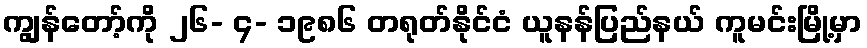
ကျွန်တော့်ကို ၂၆- ၄- ၁၉၈၆ တရုတ်နိုင်ငံ ယူနန်ပြည်နယ် ကူမင်းမြို့မှာ